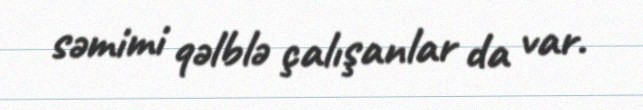
səmimi qəlblə çalışanlar da var.